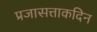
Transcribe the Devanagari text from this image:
प्रजासत्ताकदिन